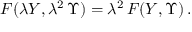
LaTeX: F ( \lambda Y , \lambda ^ { 2 } \, \Upsilon ) = \lambda ^ { 2 } \, F ( Y , \Upsilon ) \, .